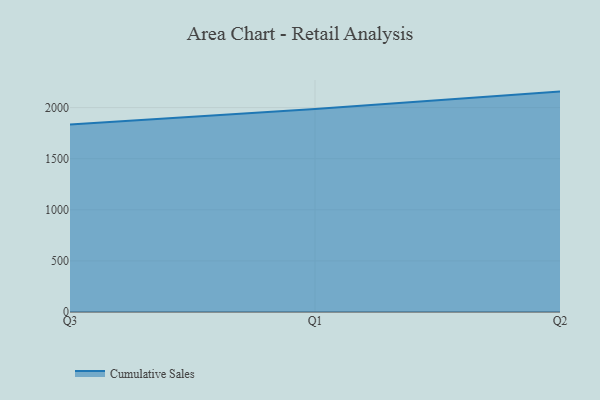
{"axis": {"x": "Quarter", "y": "Gross Profit (USD K)"}, "legend": ["Cumulative Sales"], "data": [{"x": "Q3", "y": 1834.7, "type": "Cumulative Sales"}, {"x": "Q1", "y": 1985.6, "type": "Cumulative Sales"}, {"x": "Q2", "y": 2156.5, "type": "Cumulative Sales"}]}